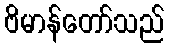
ဗိမာန်တော်သည်